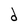
Character: d